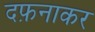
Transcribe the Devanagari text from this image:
दफ़नाकर